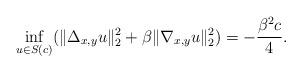
LaTeX: \begin{align*}\inf_{u\in S(c)}(\|\Delta_{x,y}u\|_{2}^2+\beta\|\nabla_{x,y} u\|_2^2)= -\frac{\beta^2c}{4}.\end{align*}